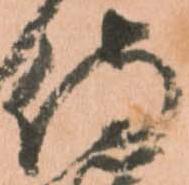
侍